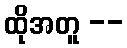
ထိုအတူ --